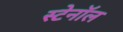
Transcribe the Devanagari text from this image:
स्टेनॉल